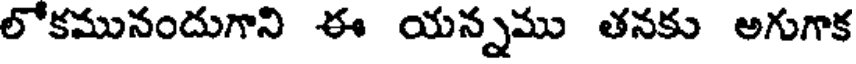
లోకమునందుగాని ఈ యన్నము తనకు అగుగాక